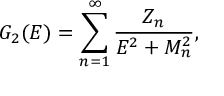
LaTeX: G _ { 2 } ( E ) = \sum _ { n = 1 } ^ { \infty } { \frac { Z _ { n } } { E ^ { 2 } + M _ { n } ^ { 2 } } } ,